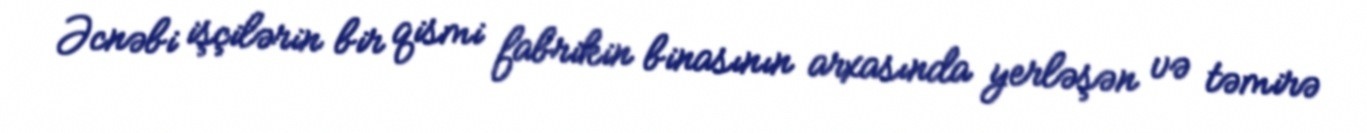
Əcnəbi işçilərin bir qismi fabrikin binasının arxasında yerləşən və təmirə